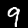
Label: 9